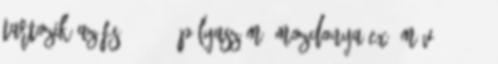
tartozik az FS 683.015 pályaszámú mozdonya ex. MÁV 324,736